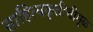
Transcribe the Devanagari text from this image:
साहित्यकृतीचीमूळ